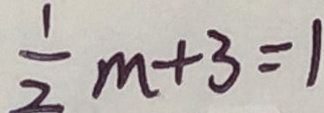
\frac { 1 } { 2 } m + 3 = 1